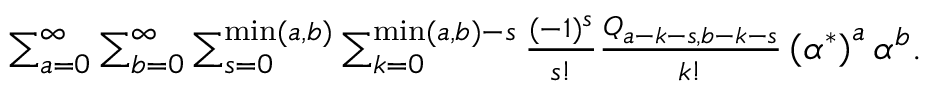
\begin{array} { r } { \sum _ { a = 0 } ^ { \infty } \sum _ { b = 0 } ^ { \infty } \sum _ { s = 0 } ^ { \operatorname* { m i n } ( a , b ) } \sum _ { k = 0 } ^ { \operatorname* { m i n } ( a , b ) - s } \frac { ( - 1 ) ^ { s } } { s ! } \frac { Q _ { a - k - s , b - k - s } } { k ! } \left( { \alpha ^ { * } } \right) ^ { a } \alpha ^ { b } . } \end{array}